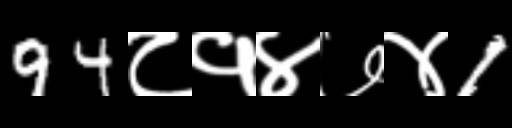
Text: 94८१४७४1